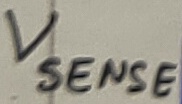
Text: Vsense